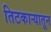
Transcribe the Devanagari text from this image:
तिटकाऱ्यातून